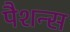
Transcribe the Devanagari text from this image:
पैशन्स